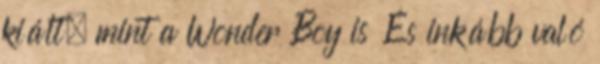
kiált, mint a Wonder Boy is És inkább való